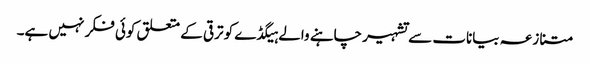
متنازعہ بیانات سے تشہیر چاہنے والے ہیگڈے کو ترقی کے متعلق کوئی فکر نہیں ہے۔